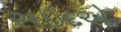
સઇદએ